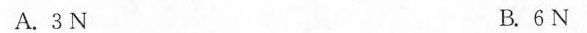
A.3N B.6N